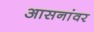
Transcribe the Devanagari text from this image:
आसनांवर